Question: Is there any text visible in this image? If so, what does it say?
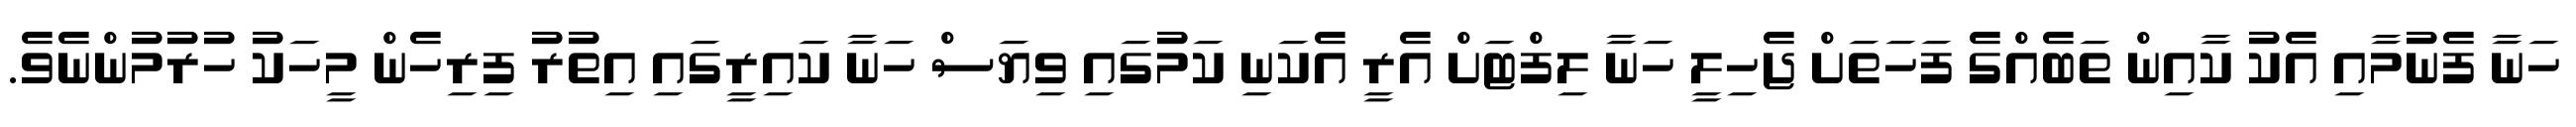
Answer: ހަނާ ފެނުމާއި އެކު ކާއިން ތަބެއްގެ ފަހަތަށް ޖެހިލީ ހަނާ ލިފްޓަށް އެރީ އެކަނި ކަމުގައި ވިޔަސް ހަނާ ކައިރީގައި އިތުރު ފިރިހެން މީހަކު ހުރުމުންނެވެ.